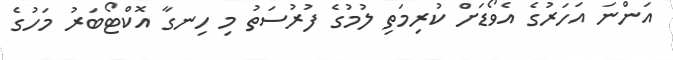
އަންނަ އަހަރުގެ އެވޯޑަށް ކުރިމަތި ލުމުގެ ފުރުސަތު މި ހިނގާ އޮކްޓޯބަރު މަހުގެ